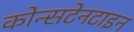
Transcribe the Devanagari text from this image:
कोन्सटेनटाइन